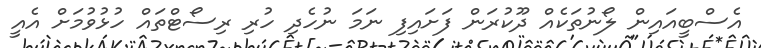
އެސްބީއައިން ލޯނުތަކެއް ދޫކުރަން ފަށައިފި ނަމަ ނުހެދި ހުރި ރިސޯޓްތައް ހުޅުވުމަށް އެއީ